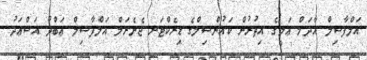
އަލްފާޟިލް އާދަމް ޢަލީގެ އިތުރުން ކައުންސިލްގެ ޑިރެކްޓަރ ޖެނެރަލް އަލްފާޟިލް ޢަބްދު އަސްޢަދު